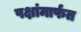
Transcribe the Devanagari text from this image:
पक्षांमार्फत